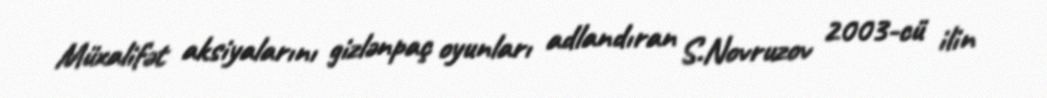
Müxalifət aksiyalarını gizlənpaç oyunları adlandıran S.Novruzov 2003-cü ilin